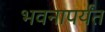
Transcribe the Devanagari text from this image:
भवनापर्यंत